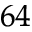
^ { 6 4 }